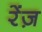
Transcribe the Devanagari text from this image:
रेंज़